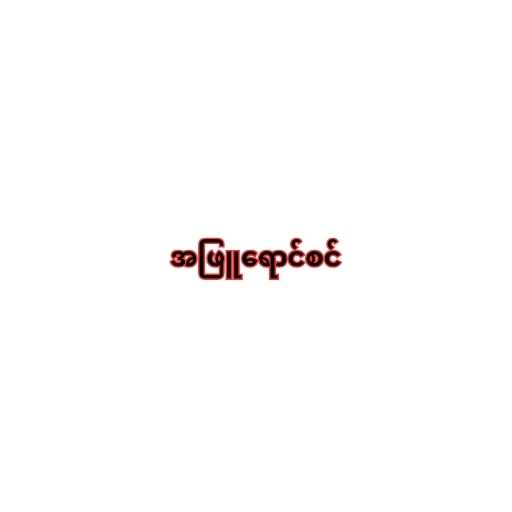
အဖြူရောင်စင်